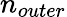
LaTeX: n_{outer}